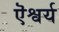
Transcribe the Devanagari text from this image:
ऎश्वर्य